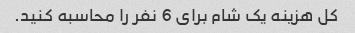
کل هزینه یک شام برای 6 نفر را محاسبه کنید.